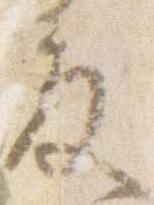
殿